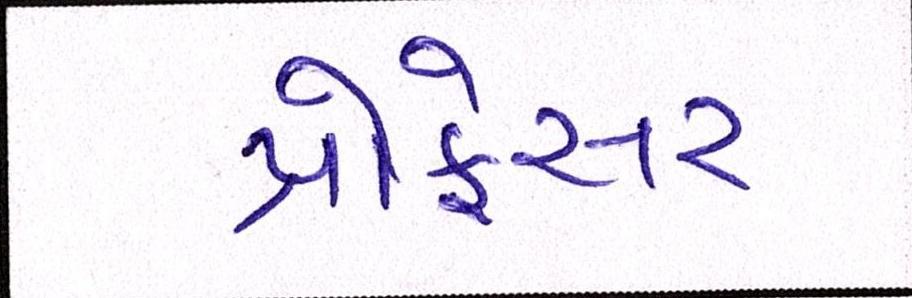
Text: પ્રોફેસર